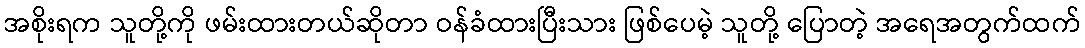
အစိုးရက သူတို့ကို ဖမ်းထားတယ်ဆိုတာ ဝန်ခံထားပြီးသား ဖြစ်ပေမဲ့ သူတို့ ပြောတဲ့ အရေအတွက်ထက်